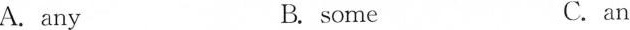
A.any B. some C. an